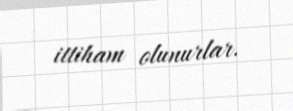
ittiham olunurlar.